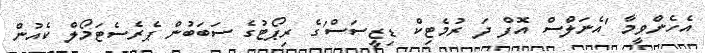
އެހެންވީމާ 'އެނަލްސް އޮފް ދަ ރުމެޓިކް ޑިޒީސަސް'ގެ ރިޕޯޓުގެ ސަބަބުން ޕެރެސެޓަމޯލް ކެއުން